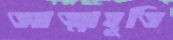
আত্মাহূতি